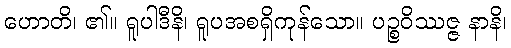
ဟောတိ၊ ၏။ ရူပါဒီနိ၊ ရူပအစရှိကုန်သော။ ပဉ္စဝိဿဇ္ဇ နာနိ၊